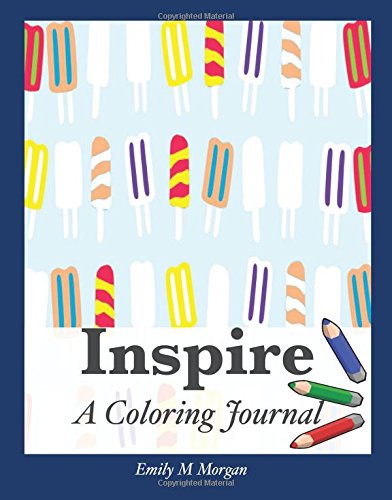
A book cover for Inspire: A Coloring Journal (The Coloring Journal Series); Emily M Morgan; Self-Help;